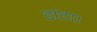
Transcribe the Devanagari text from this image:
डांटा।